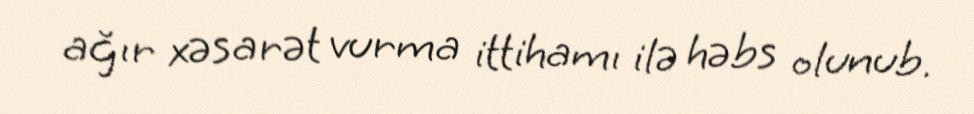
ağır xəsarət vurma ittihamı ilə həbs olunub.